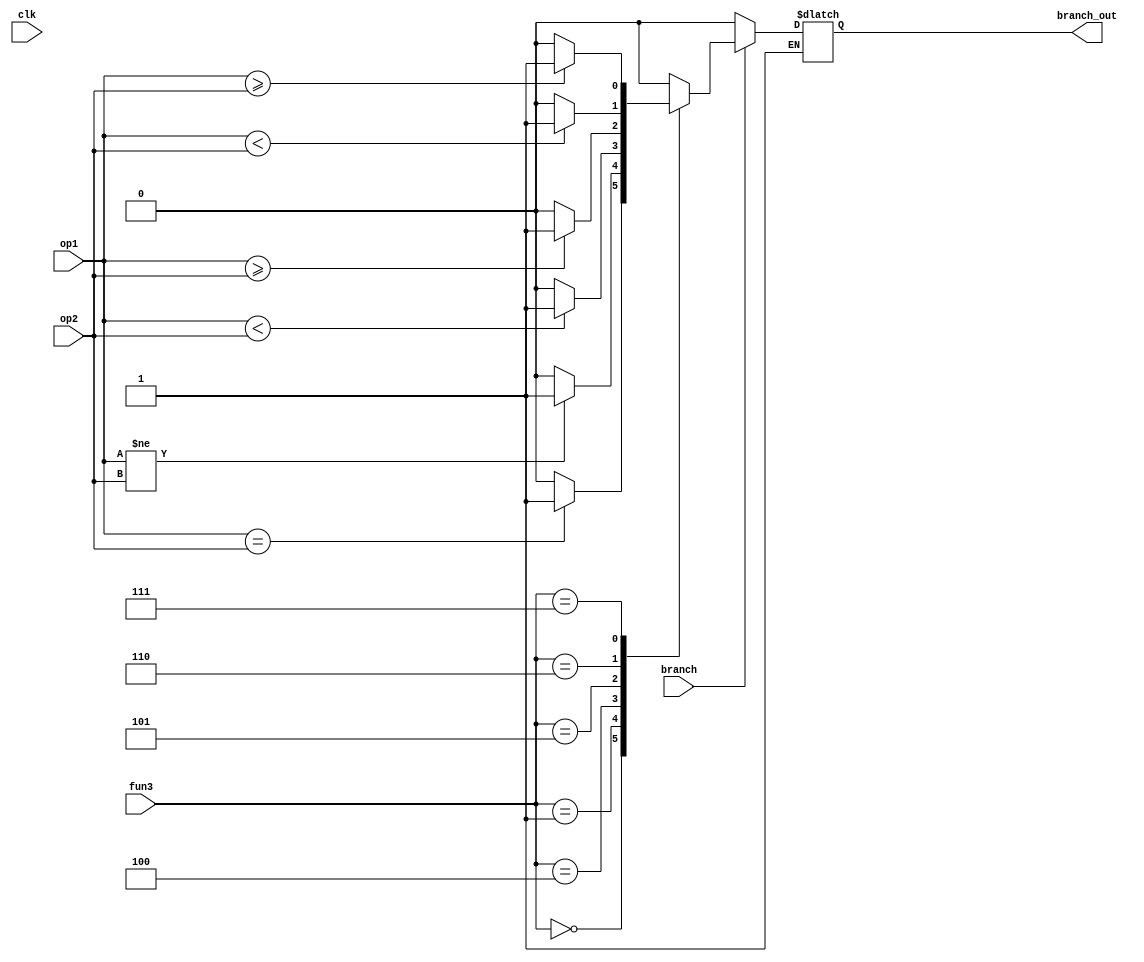
module branch (
   input wire        clk,
   input wire        branch,
   input wire [31:0] op1,
   input wire [31:0] op2,
   input wire [2:0]  fun3,
   
   output reg        branch_out
);

   always @(*) begin
      if(branch)begin
         case (fun3)
            3'b000 : branch_out = ($signed(op1) == $signed(op2)) ? 1 : 0 ;                //beq
            3'b001 : branch_out = ($signed(op1) != $signed(op2)) ? 1 : 0 ;                //bne
            3'b100 : branch_out = ($signed(op1) < $signed(op2)) ? 1 : 0 ;                 //blt
            3'b101 : branch_out = ($signed(op1) >= $signed(op2)) ? 1 : 0 ;                //bge
            3'b110 : branch_out = (op1 < op2) ? 1 : 0 ;                                   //bltu  
            3'b111 : branch_out = (op1 >= op2) ? 1 : 0 ;                                  //bgeu
            default : branch_out = 0;
         endcase
      end
      else if(!branch) begin
         branch_out=0;
      end
   end   
endmodule